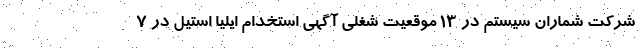
شرکت شماران سیستم در 13 موقعیت شغلی آگهی استخدام ایلیا استیل در 7